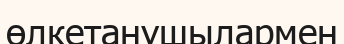
өлкетанушылармен